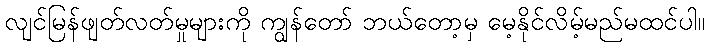
လျင်မြန်ဖျတ်လတ်မှုများကို ကျွန်တော် ဘယ်တော့မှ မေ့နိုင်လိမ့်မည်မထင်ပါ။